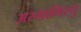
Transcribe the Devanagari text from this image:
अस्माभिस्तु